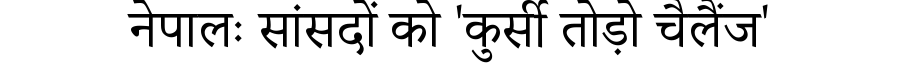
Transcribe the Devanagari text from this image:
नेपालः सांसदों को 'कुर्सी तोड़ो चैलैंज'